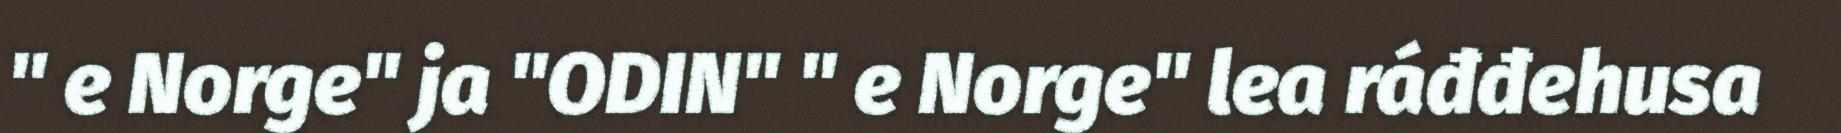
" e Norge" ja "ODIN" " e Norge" lea ráđđehusa